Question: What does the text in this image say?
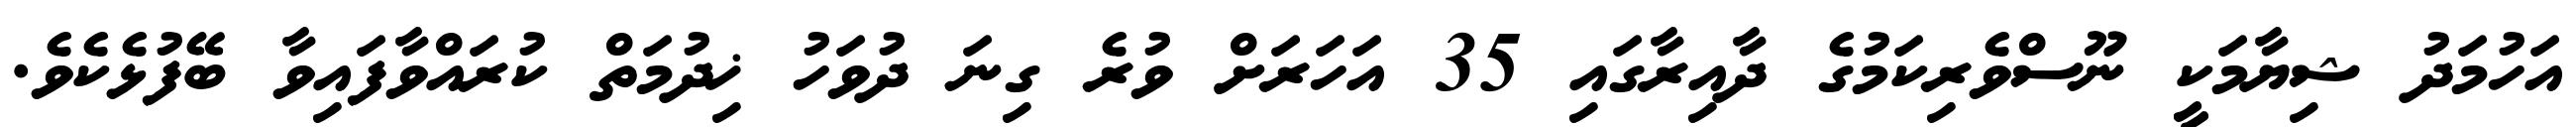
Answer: އަހުމަދު ޝިޔާމަކީ ނޫސްވެރިކަމުގެ ދާއިރާގައި 35 އަހަރަށް ވުރެ ގިނަ ދުވަހު ޚިދުމަތް ކުރައްވާފައިވާ ބޭފުޅެކެވެ.